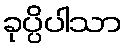
ခုပ္ပိပါသာ